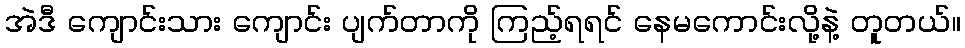
အဲဒီ ကျောင်းသား ကျောင်း ပျက်တာကို ကြည့်ရရင် နေမကောင်းလို့နဲ့ တူတယ်။